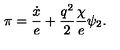
\pi = { \frac { \dot { x } } { e } } + { \frac { q ^ { 2 } } { 2 } } { \frac { \chi } { e } } \psi _ { 2 } .